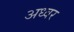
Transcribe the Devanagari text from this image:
अध्वर